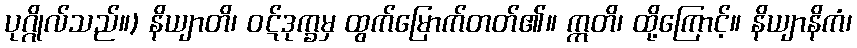
ပုဂ္ဂိုလ်သည်။) နိယျာတိ၊ ဝဋ်ဒုက္ခမှ ထွက်မြောက်တတ်၏။ ဣတိ၊ ထို့ကြောင့်။ နိယျာနိကံ၊